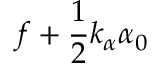
f + \frac { 1 } { 2 } k _ { \alpha } \alpha _ { 0 }